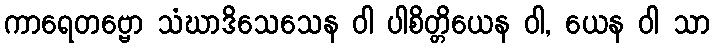
ကာရေတဗ္ဗော သံဃာဒိသေသေန ဝါ ပါစိတ္တိယေန ဝါ, ယေန ဝါ သာ